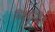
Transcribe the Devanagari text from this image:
सिक्यूरिटीज़